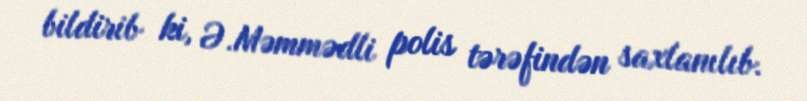
bildirib ki, Ə.Məmmədli polis tərəfindən saxlanılıb.